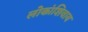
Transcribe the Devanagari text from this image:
लोकांशिवाय